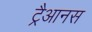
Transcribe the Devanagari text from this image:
ट्रैआनस